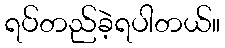
ရပ်တည်ခဲ့ရပါတယ်။